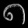
Digit: ၈